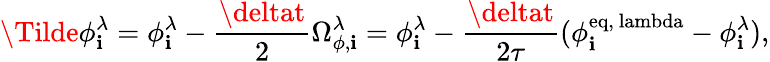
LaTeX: \Tilde{\phi}_{\mathbf{i}}^{\lambda}={\phi}_{\mathbf{i}}^{\lambda}-\frac{{\deltat}}{{2}}\Omega_{\phi,\mathbf{i}}^{\lambda}={\phi}_{\mathbf{i}}^{\lambda}-\frac{{\deltat}}{{2\tau}}(\phi_{\mathbf{i}}^{\mathrm{{eq,\ lambda}}}-\phi_{\mathbf{i}}^{\lambda}),